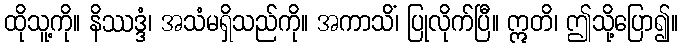
ထိုသူ့ကို။ နိဿဒ္ဒံ၊ အသံမရှိသည်ကို။ အကာသိံ၊ ပြုလိုက်ပြီ။ ဣတိ၊ ဤသို့ပြော၍။